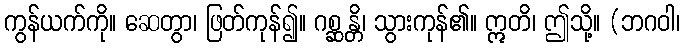
ကွန်ယက်ကို။ ဆေတွာ၊ ဖြတ်ကုန်၍။ ဂစ္ဆန္တိ၊ သွားကုန်၏။ ဣတိ၊ ဤသို့။ (ဘဂဝါ၊